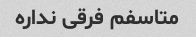
متاسفم فرقی نداره